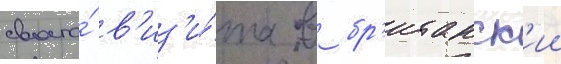
своего́ в'из'и́та в бр'итанск'ии